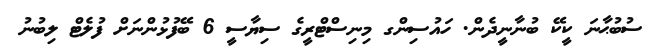
ސުބުޙާނަ ކީކޭ ބުނާނީދެން. ހައުސިންގ މިނިސްޓްރީގެ ސިޔާސީ 6 ބޭފުޅުންނަށް ފުލެޓް ލިބުނު